Annual administration report of the Civil Veterinary Department of India - 1897-1898
Year: 1897
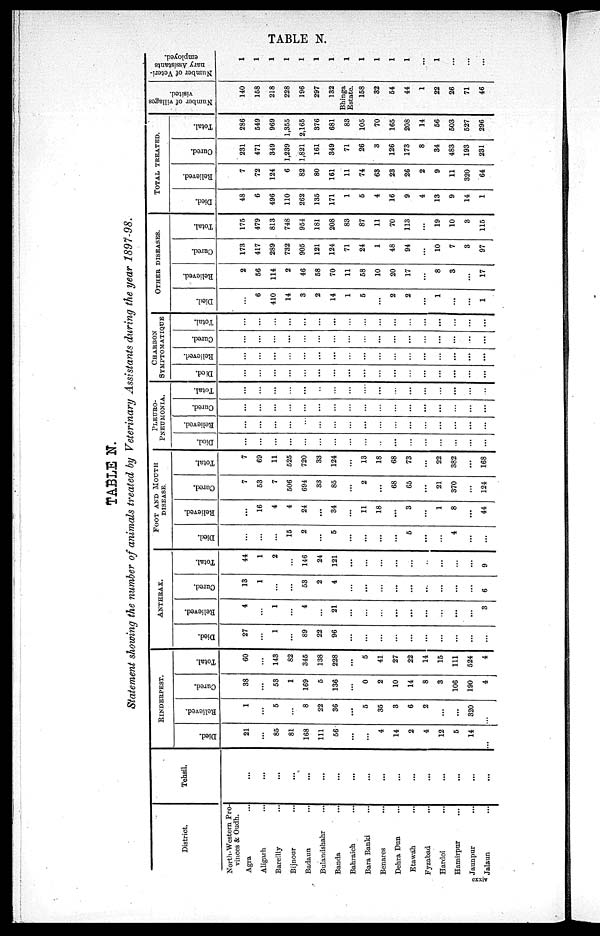
TABLE N.
TABLE N.
Statement showing the number of animals treated by Veterinary Assistants during the year 1897-98.
District.
North-Western Pro-
vinces & Oudh.
Agra ...
Aligark ...
Bareilly ...
Bijnour ...
Badaun ...
Bulandshahr ...
Banda ...
Bahraich ...
Bara Banki ...
Benares ...
Dehra Dun ...
Etawah ...
Fyzabad ...
Hardoi ...
Hamirpur ...
Jaunpur ...
Jalaun ...
Tehsil.
...
...
...
...
...
...
...
...
...
...
...
...
...
...
...
...
...
RINDERPEST
Died.
21
...
85
81
168
111
56
...
...
4
14
2
4
12
5
14
..
Relieved.
1
...
5
...
8
22
36
...
5
35
3
6
2
...
...
320
...
Cur ed.
38
...
53
1
169
5
136
...
0
2
10
14
8
3
106
190
4
Tot al .
60
...
143
82
345
138
228
...
5
41
27
22
14
15
111
524
4
ANTHRAX.
Di ed.
27
...
1
...
89
22
96
...
...
...
...
...
...
...
...
...
...
Rel i
eved.
4
...
1
...
4
...
21
...
...
...
...
...
...
...
...
...
3
Cur ed.
13
1
...
...
53
2
4
...
...
...
...
...
...
...
...
...
6
Tot al .
44
1
2
...
146
24
121
...
...
...
...
...
...
...
...
...
9
FOOT AND MOUTH
DISEASE
Di ed.
...
...
...
15
2
...
5
...
...
...
...
5
...
...
4
...
...
Rel i
eved.
...
16
4
4
24
...
34
...
11
18
...
3
...
1
8
...
44
Cur ed.
7
53
7
506
694
33
85
...
2
...
68
65
...
21
370
...
124
Tot al .
7
69
11
525
720
33
124
...
13
18
68
73
...
22
382
...
168
PLEURO¬
PNEUMONIA.
Di ed.
...
...
...
...
...
...
...
...
...
...
...
...
...
...
...
...
...
Rel i
eved.
...
...
...
...
...
...
...
...
...
...
...
...
...
...
...
...
...
Cur ed.
...
...
...
...
...
...
...
...
...
...
...
...
...
...
...
...
...
Tot al .
...
...
...
...
...
...
...
...
...
...
...
...
...
...
...
...
...
CHARBON
SYMPTOMATIQUE
Di ed.
...
...
...
...
...
...
...
...
...
...
...
...
...
...
...
...
...
Relieved.
...
...
...
...
...
...
...
...
...
...
...
...
...
...
...
...
...
Cur ed.
...
...
...
...
...
...
...
...
...
...
...
...
...
...
...
...
...
Tot al .
...
...
...
...
...
...
...
...
...
...
...
...
...
...
...
...
...
OTHER DISEASES.
Di ed.
...
6
410
14
3
2
14
1
5
...
2
2
...
1
...
...
1
Rel i
eved.
2
56
114
2
46
58
70
11
58
10
20
17
...
8
3
...
17
Cur ed.
173
417
289
732
905
121
124
71
24
1
48
94
...
10
7
3
97
Tot al .
175
479
813
748
954
181
208
83
87
11
70
113
...
19
10
3
115
TOTAL TREATED.
Di ed.
48
6
496
110
262
135
171
1
5
4
16
9
4
13
9
14
1
Rel i
eved.
7
72
124
6
82
80
161
11
74
63
23
26
2
9
11
320
64
Cur ed.
231
471
349
1,239
1,821
161
349
71
26
3
126
173
8
34
483
193
231
Tot al .
286
549
969
1,355
2,165
376
681
83
105
70
165
208
14
56
503
527
296
Number of villages
visited.
140
158
218
228
196
297
132
Bhinga
Estate.
158
32
54
44
1
22
26
71
46
Number of Veteri-
nary Assistants
employed.
1
1
1
1
1
1
1
1
1
1
1
1
...
1
...
...
...
cxxiv